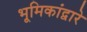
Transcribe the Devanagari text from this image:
भूमिकांद्वारे